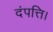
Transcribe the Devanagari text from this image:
दंपत्ति।